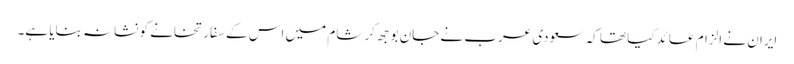
ایران نے الزام عائد کیا تھا کہ سعودی عرب نے جان بوجھ کر شام میں اس کے سفارتخانے کو نشانہ بنایا ہے۔